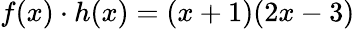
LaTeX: f(x)\cdot h(x)=(x+1)(2x-3)